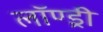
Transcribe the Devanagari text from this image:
लॉण्ड्री